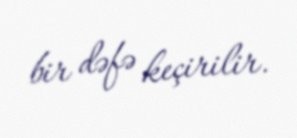
bir dəfə keçirilir.